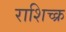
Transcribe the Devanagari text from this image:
राशिच्क्र